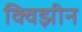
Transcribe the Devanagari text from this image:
क्विझीन